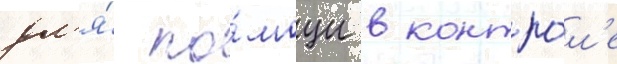
дл'я́ по́мощи в контро́л'е